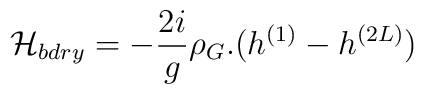
{\cal H}_{bdry}=-\frac{2 i}{g} \rho_G.(h^{(1)}-h^{(2L)})